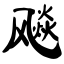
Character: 飚